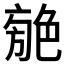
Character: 𦫣